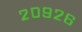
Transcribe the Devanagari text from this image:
२०९२६